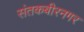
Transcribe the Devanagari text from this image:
संतकबीरनगर